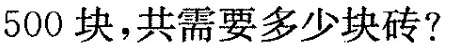
500块，共需要多少块砖?